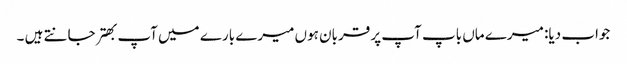
جواب دیا: میرے ماں باپ آپ پر قربان ہوں میرے بارے میں آپ بهتر جانتے ہیں ۔